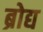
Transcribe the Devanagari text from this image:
ब्रोद्य